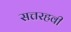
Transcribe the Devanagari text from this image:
सत्तरहवी